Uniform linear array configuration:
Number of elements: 48
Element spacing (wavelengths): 0.75
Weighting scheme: binomial
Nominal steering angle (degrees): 30
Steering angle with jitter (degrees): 30.456
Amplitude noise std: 0.05
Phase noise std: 0.05

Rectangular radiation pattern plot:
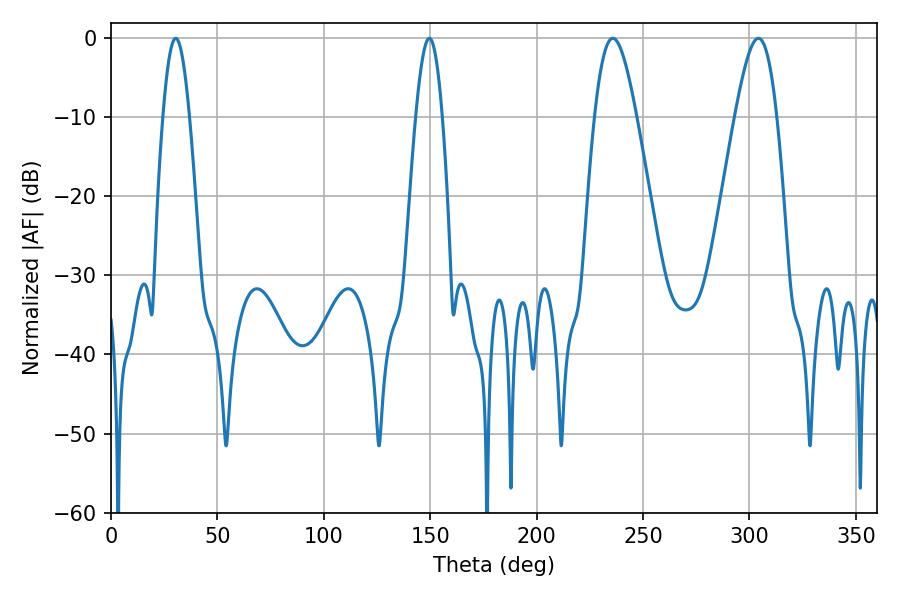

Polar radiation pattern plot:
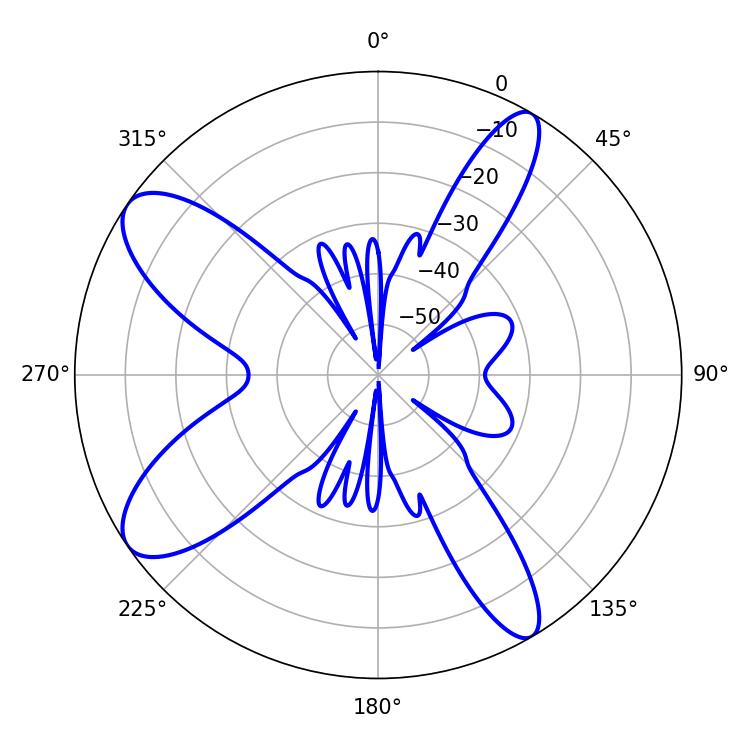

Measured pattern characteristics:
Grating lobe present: TRUE
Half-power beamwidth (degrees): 6.66
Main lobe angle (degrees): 30.42